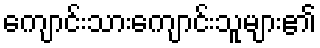
ကျောင်းသားကျောင်းသူများ၏